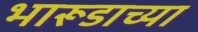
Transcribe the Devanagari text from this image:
भारूडाच्या